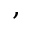
,